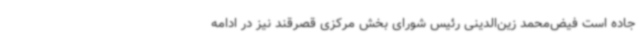
جاده است فیض‌محمد زین‌الدینی رئیس شورای بخش مرکزی قصرقند نیز در ادامه